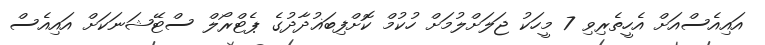
އައިއެސްއަށް އެހީތެރިވި 7 މީހަކު ޖަލަށްލުމަށް ހުކުމް ކޮށްފިބަޣުދާދުގެ ޕެޓްރޯލް ސްޓޭޝަނަކަށް އައިއެސް